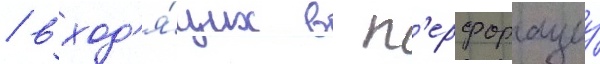
/ вход'я́щих в п'ерфорациу